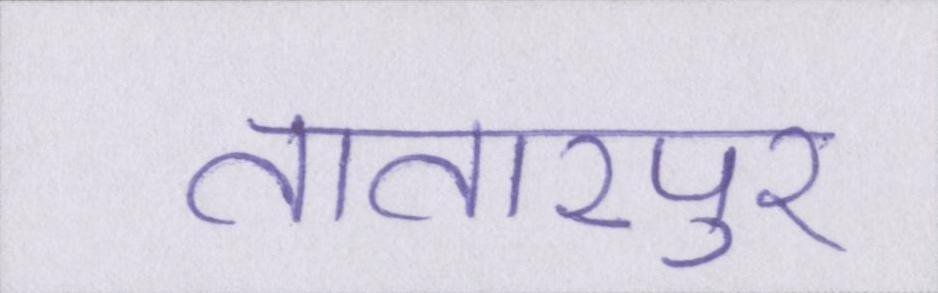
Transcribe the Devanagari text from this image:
तातारपुर